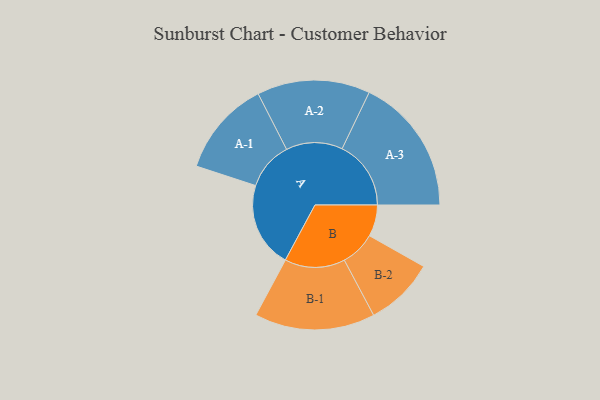
{"axis": {"x": "Segment", "y": "Value"}, "legend": ["", "A", "B"], "data": [{"x": "A", "y": 339, "type": ""}, {"x": "B", "y": 125, "type": ""}, {"x": "A-1", "y": 190, "type": "A"}, {"x": "A-2", "y": 224, "type": "A"}, {"x": "A-3", "y": 273, "type": "A"}, {"x": "B-1", "y": 239, "type": "B"}, {"x": "B-2", "y": 138, "type": "B"}]}